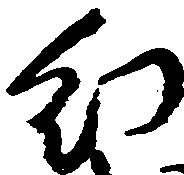
幻